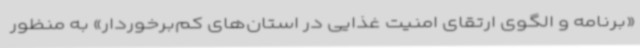
«برنامه و الگوی ارتقای امنیت غذایی در استان‌های کم‌برخوردار» به منظور